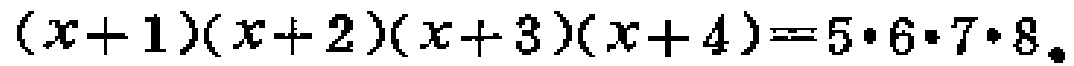
\((x + 1)(x + 2)(x + 3)(x + 4)=5\cdot6\cdot7\cdot8\)